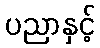
ပညာနှင့်